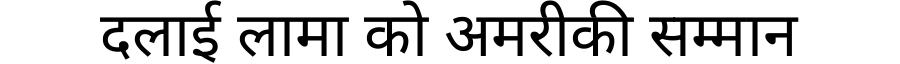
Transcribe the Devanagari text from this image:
दलाई लामा को अमरीकी सम्मान